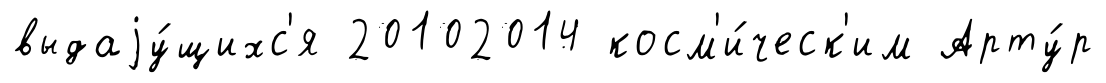
выдаjу́щихс'я 20102014 косм'и́ческ'им Арту́р